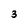
Character: 3